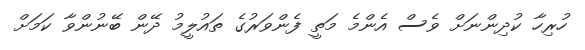
ހުރިހާ ކުދިންނަށް ވެސް އެންމެ މަތީ ފެންވަރުގެ ތައުލީމު ދޭން ބޭނުންވާ ކަމަށް